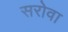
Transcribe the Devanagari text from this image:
सरोवा